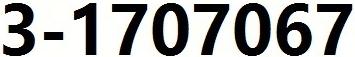
3-1707067